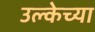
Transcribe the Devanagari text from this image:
उल्केच्या